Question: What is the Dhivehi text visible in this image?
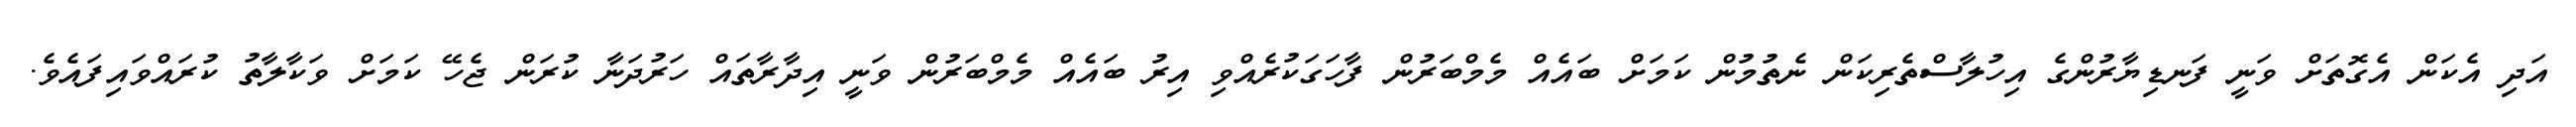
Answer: އަދި އެކަން އެގޮތަށް ވަނީ ފަނޑިޔާރުންގެ އިހުލާސްތެރިކަން ނެތުމުން ކަމަށް ބައެއް މެމްބަރުން ފާހަގަކުރެއްވި އިރު ބައެއް މެމްބަރުން ވަނީ އިދާރާތައް ހަރުދަނާ ކުރަން ޖެހޭ ކަމަށް ވަކާލާތު ކުރައްވައިފައެވެ.